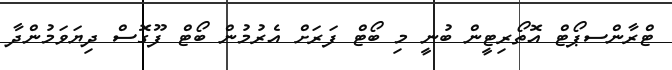
ޓްރާންސޕޯޓް އޮތޯރިޓީން ބުނީ މި ބޯޓް ފަރަށް އެރުމުން ބޯޓް ފޫގޮސް ދިޔަވަމުންދާ